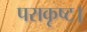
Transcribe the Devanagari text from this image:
पराकृष्ट।